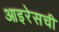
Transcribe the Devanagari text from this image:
आइरेसची